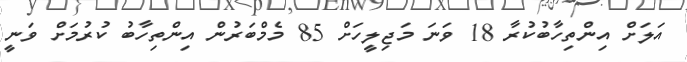
އަލަށް އިންތިހާބުކުރާ 18 ވަނަ މަޖިލީހަށް 85 މެމްބަރުން އިންތިހާބު ކުރުމަށް ވަނީ